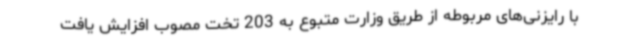
با رایزنی‌های مربوطه از طریق وزارت متبوع به 203 تخت مصوب افزایش یافت